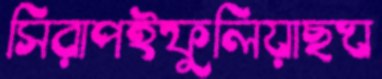
সিরাপইফুলিয়াছঘ